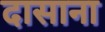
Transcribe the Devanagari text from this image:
दासाना